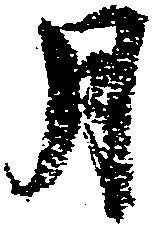
月